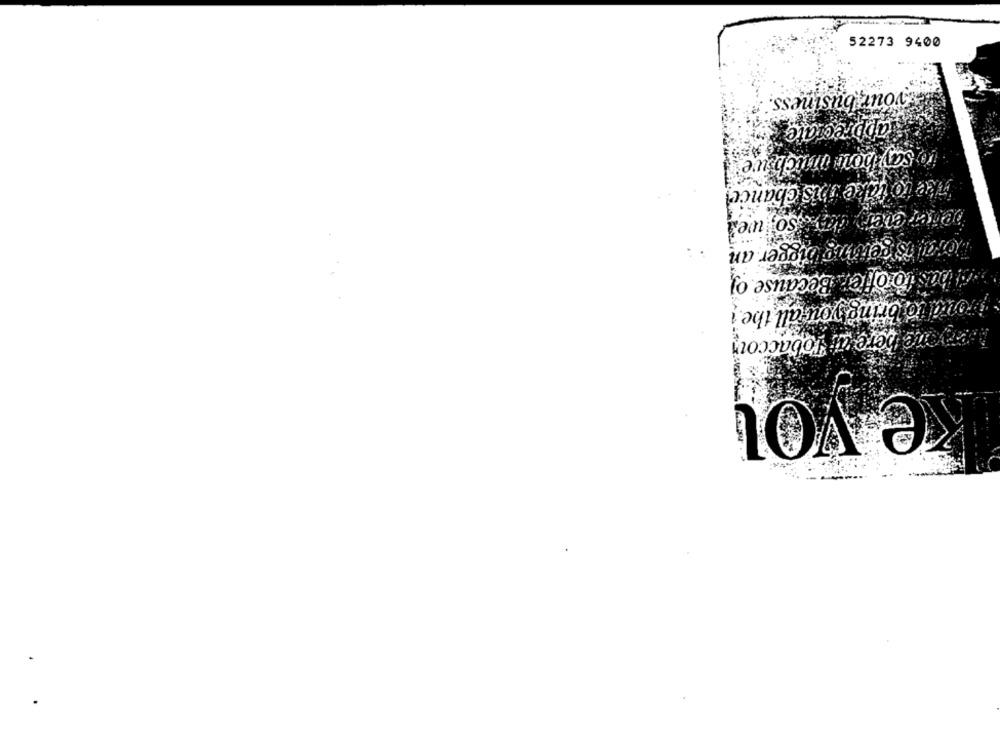
52273 9400
your business. .
appreciate
say hour michwe'
uke to take this chance!
Torales gering bigger an
has to offer Because of
grond to bring you all the
Toanyone here af Tobaccoui
e vot